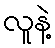
လူနဲ့